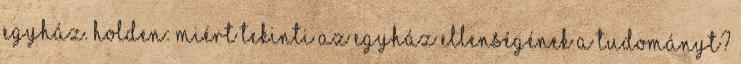
egyház. Holden: Miért tekinti az egyház ellenségének a tudományt?